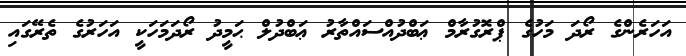
އަހަރެންގެ ރޯދަ މަހުގެ ޕްރޮގުރާމް ޢަބްދުއްސައްތާރު ޢަބްދުލް ޙަމީދު ރޯދަމަހަކީ އަހަރުގެ ތެރޭގައި